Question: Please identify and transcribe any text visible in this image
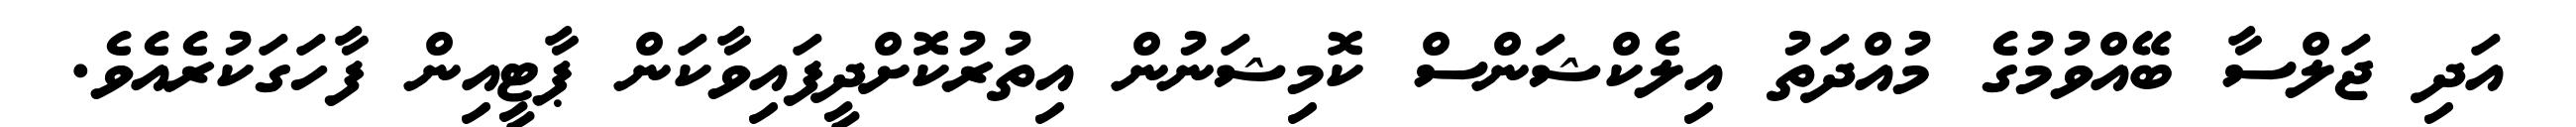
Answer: އަދި ޖަލްސާ ބޭއްވުމުގެ މުއްދަތު އިލެކްޝަންސް ކޮމިޝަނުން އިތުރުކޮށްދީފައިވާކަން ޕާޓީއިން ފާހަގަކުރެއެވެ.